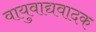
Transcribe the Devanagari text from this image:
वायुवाद्यवादक